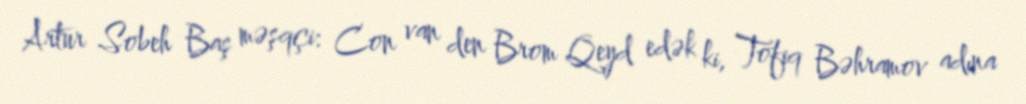
Artur Sobeh Baş məşqçi: Con van den Brom Qeyd edək ki, Tofiq Bəhramov adına